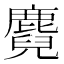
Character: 麑